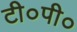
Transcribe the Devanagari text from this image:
टी०पी०